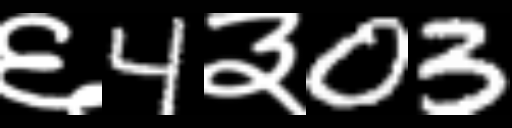
Text: ६4३03